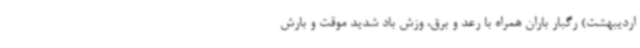
اردیبهشت) رگبار باران همراه با رعد و برق، وزش باد شدید موقت و بارش